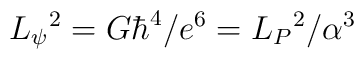
L_{\psi}{}^{2}=G\hbar^{4}/e^6=L_{P}{}^{2}/\alpha^{3}